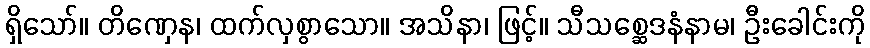
ရှိသော်။ တိဏှေန၊ ထက်လှစွာသော။ အသိနာ၊ ဖြင့်။ သီသစ္ဆေဒနံနာမ၊ ဦးခေါင်းကို